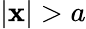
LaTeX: |\mathbf{x}|>a